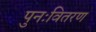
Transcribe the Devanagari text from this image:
पुनःवितरण